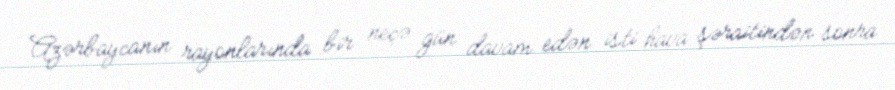
Azərbaycanın rayonlarında bir neçə gün davam edən isti hava şəraitindən sonra